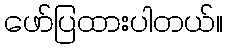
ဖော်ပြထားပါတယ်။